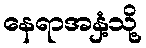
နေရာအနှံ့သို့